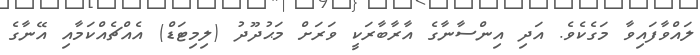
ލައްވާފައިވާ މަގެކެވެ. އަދި އިންސާނާގެ އާރާބާރަކީ ވަރަށް މަޙުދޫދު (ލިމިޓަޑް) އެއްޗެއްކަމާއި އޭނާގެ